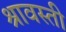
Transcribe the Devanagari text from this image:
श्रावस्‍ती